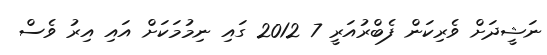
ނަޝީދަށް ވެރިކަން ފެބްރުއަރީ 7 2012 ގައި ނިމުމަކަށް އައި އިރު ވެސް